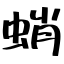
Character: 蛸